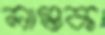
লাগুক